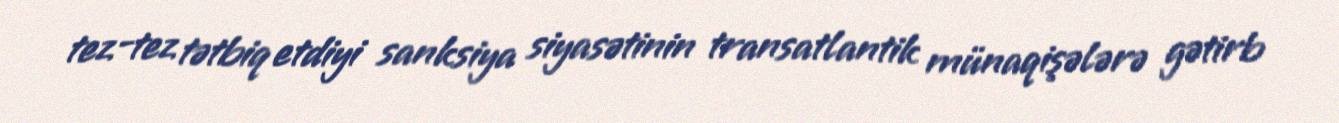
tez-tez tətbiq etdiyi sanksiya siyasətinin transatlantik münaqişələrə gətirb